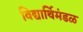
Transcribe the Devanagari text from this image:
विद्यार्थिमंडळ